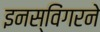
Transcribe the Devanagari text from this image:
इनस्विंगरने